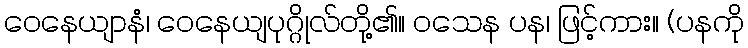
ဝေနေယျာနံ၊ ဝေနေယျပုဂ္ဂိုလ်တို့၏။ ဝသေန ပန၊ ဖြင့်ကား။ (ပနကို